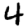
Digit: 4